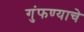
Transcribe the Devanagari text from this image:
गुंफण्याचे